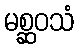
မစ္ဆဝသံ